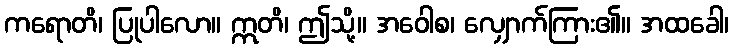
ကရောတိ၊ ပြုပါလော။ ဣတိ၊ ဤသို့။ အဝေါစ၊ လျှောက်ကြား၏။ အထခေါ၊